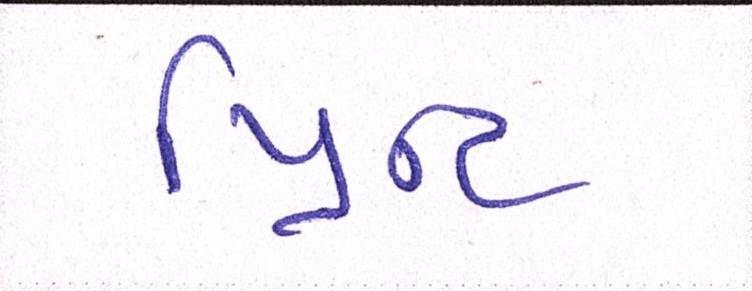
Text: પ્રિન્ટ